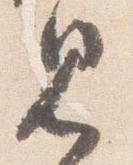
見